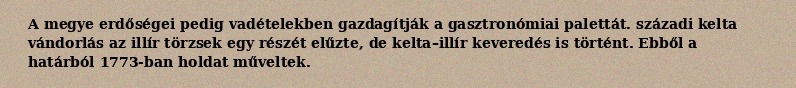
A megye erdőségei pedig vadételekben gazdagítják a gasztronómiai palettát. századi kelta vándorlás az illír törzsek egy részét elűzte, de kelta–illír keveredés is történt. Ebből a határból 1773-ban holdat műveltek.